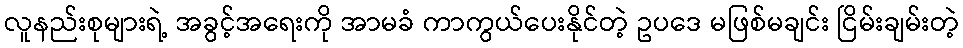
လူနည်းစုများရဲ့ အခွင့်အရေးကို အာမခံ ကာကွယ်ပေးနိုင်တဲ့ ဥပဒေ မဖြစ်မချင်း ငြိမ်းချမ်းတဲ့